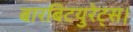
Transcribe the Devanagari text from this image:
बारबिटयुरेट्स।